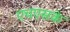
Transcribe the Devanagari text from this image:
एचएसके